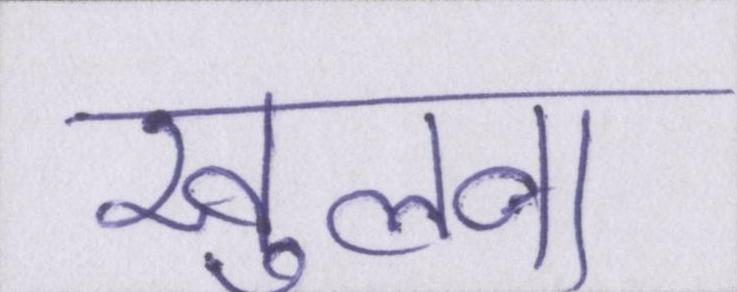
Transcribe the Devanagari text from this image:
खुलवा